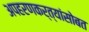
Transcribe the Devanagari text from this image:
अपहरणकर्त्यांसोबत